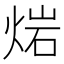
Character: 𤊤